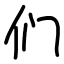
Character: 们